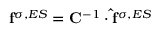
\mathbf { f } ^ { \sigma , E S } = \mathbf { C } ^ { - 1 } \cdot \mathbf { \hat { f } } ^ { \sigma , E S }